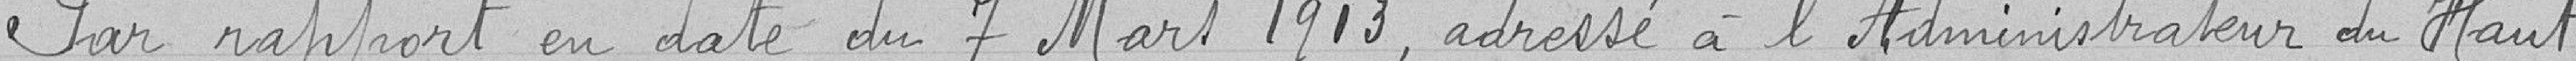
Par rapport en date du 7 Mars 1913, adressé à l'Administrateur du Haut-